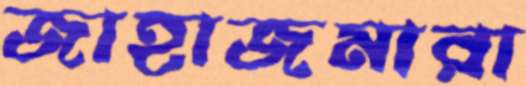
জাহাজমারা